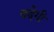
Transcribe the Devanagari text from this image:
बढे़गी